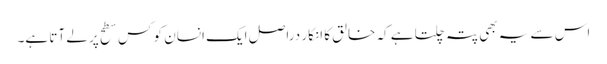
اس سے یہ بھی پتہ چلتا ہے کہ خالق کا انکار دراصل ایک انسان کو کس سطح پر لے آتا ہے۔